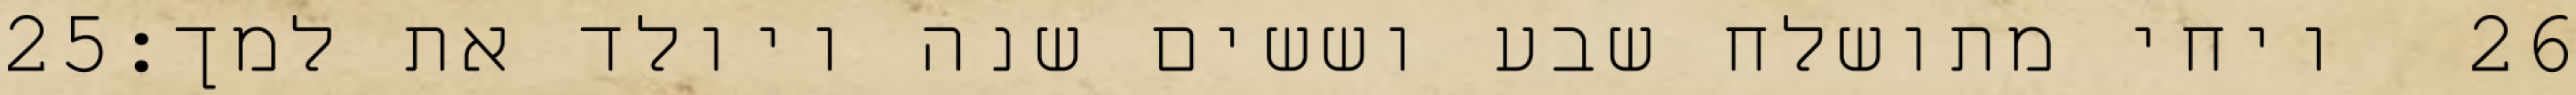
‎25‏ ויחי מתושלח שבע וששים שנה ויולד את למך׃ ‎26‏